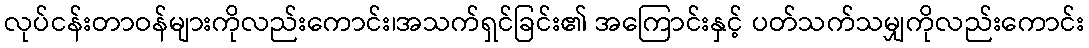
လုပ်ငန်းတာဝန်များကိုလည်းကောင်း၊အသက်ရှင်ခြင်း၏ အကြောင်းနှင့် ပတ်သက်သမျှကိုလည်းကောင်း